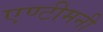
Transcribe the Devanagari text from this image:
एण्टीमनी